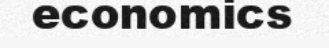
economics